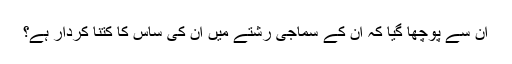
ان سے پوچھا گیا کہ ان کے سماجی رشتے میں ان کی ساس کا کتنا کردار ہے؟